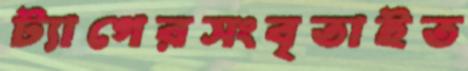
ট্যাগেরসংবৃতাইত